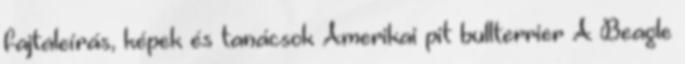
fajtaleírás, képek és tanácsok Amerikai pit bullterrier A Beagle